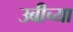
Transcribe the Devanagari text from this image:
उबीच्या